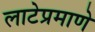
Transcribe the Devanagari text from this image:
लाटेप्रमाणे